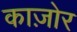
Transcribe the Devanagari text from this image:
काज़ोर